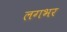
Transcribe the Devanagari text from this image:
लगभर